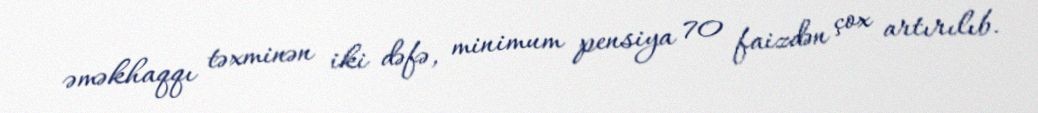
əməkhaqqı təxminən iki dəfə, minimum pensiya 70 faizdən çox artırılıb.